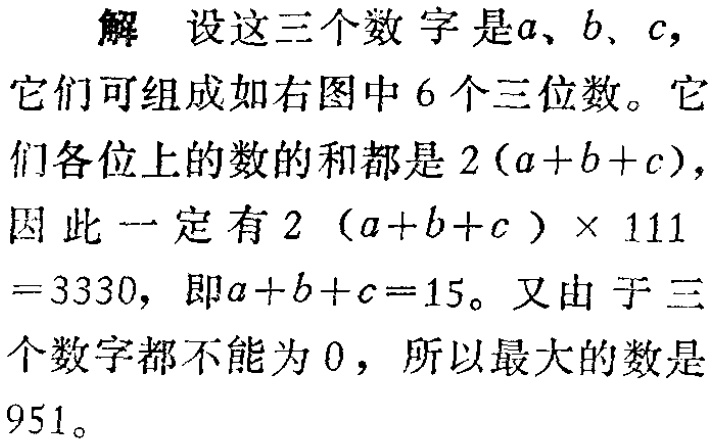
解 设这三个数字是\(a\)、\(b\)、\(c\)，它们可组成如右图中\(6\)个三位数。它们各位上的数的和都是\(2(a + b + c)\)，因此一定有\(2(a + b + c)\times111 = 3330\)，即\(a + b + c = 15\)。又由于三个数字都不能为\(0\)，所以最大的数是\(951\)。